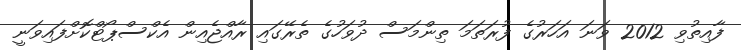
ފާއިތުވި 2012 ވަނަ އަހަރުގެ ފުރަތަމަ ތިންމަސް ދުވަހުގެ ތެރޭގައި ރާއްޖެއިން އެކްސްޕޯޓްކޮށްފައިވަނީ